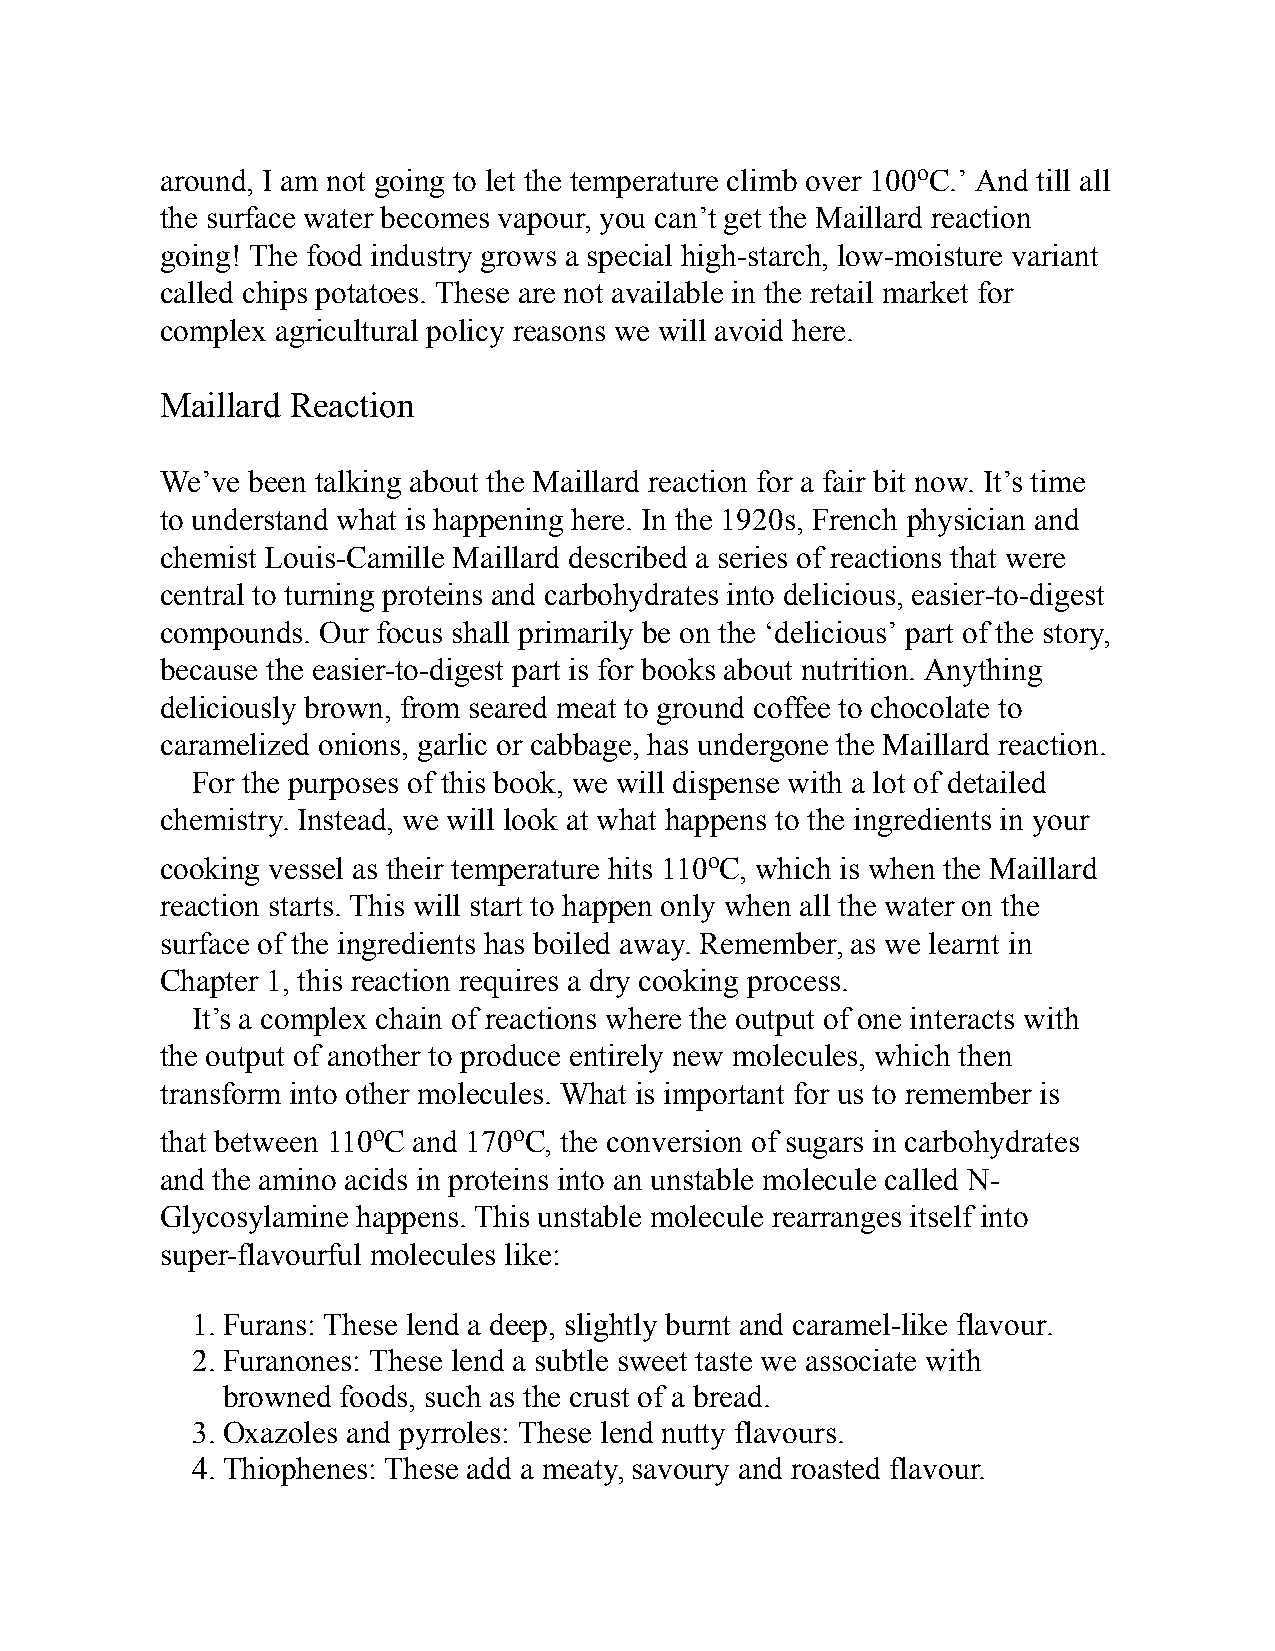
around, I am not going to let the temperature climb over 100oC.’ And till all
 the surface water becomes vapour, you can’t get the Maillard reaction
 going! The food industry grows a special high-starch, low-moisture variant
 called chips potatoes. These are not available in the retail market for
 complex agricultural policy reasons we will avoid here.
 Maillard Reaction
 We’ve been talking about the Maillard reaction for a fair bit now. It’s time
 to understand what is happening here. In the 1920s, French physician and
 chemist Louis-Camille Maillard described a series of reactions that were
 central to turning proteins and carbohydrates into delicious, easier-to-digest
 compounds. Our focus shall primarily be on the ‘delicious’ part of the story,
 because the easier-to-digest part is for books about nutrition. Anything
 deliciously brown, from seared meat to ground coffee to chocolate to
 caramelized onions, garlic or cabbage, has undergone the Maillard reaction.
 For the purposes of this book, we will dispense with a lot of detailed
 chemistry. Instead, we will look at what happens to the ingredients in your
 cooking vessel as their temperature hits 110oC, which is when the Maillard
 reaction starts. This will start to happen only when all the water on the
 surface of the ingredients has boiled away. Remember, as we learnt in
 Chapter 1, this reaction requires a dry cooking process.
 It’s a complex chain of reactions where the output of one interacts with
 the output of another to produce entirely new molecules, which then
 transform into other molecules. What is important for us to remember is
 that between 110oC and 170oC, the conversion of sugars in carbohydrates
 and the amino acids in proteins into an unstable molecule called N-
 Glycosylamine happens. This unstable molecule rearranges itself into
 super-flavourful molecules like:
 1. Furans: These lend a deep, slightly burnt and caramel-like flavour.
 2. Furanones: These lend a subtle sweet taste we associate with
 browned foods, such as the crust of a bread.
 3. Oxazoles and pyrroles: These lend nutty flavours.
 4. Thiophenes: These add a meaty, savoury and roasted flavour.